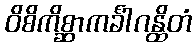
ဝိစိကိစ္ဆာကင်္ခါဂန္ထိတံ